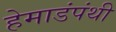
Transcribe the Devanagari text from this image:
हेमाडंपंथी